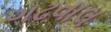
ગઢવાલ